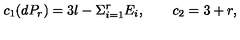
c _ { 1 } ( d P _ { r } ) = 3 l - \Sigma _ { i = 1 } ^ { r } E _ { i } , \qquad c _ { 2 } = 3 + r ,